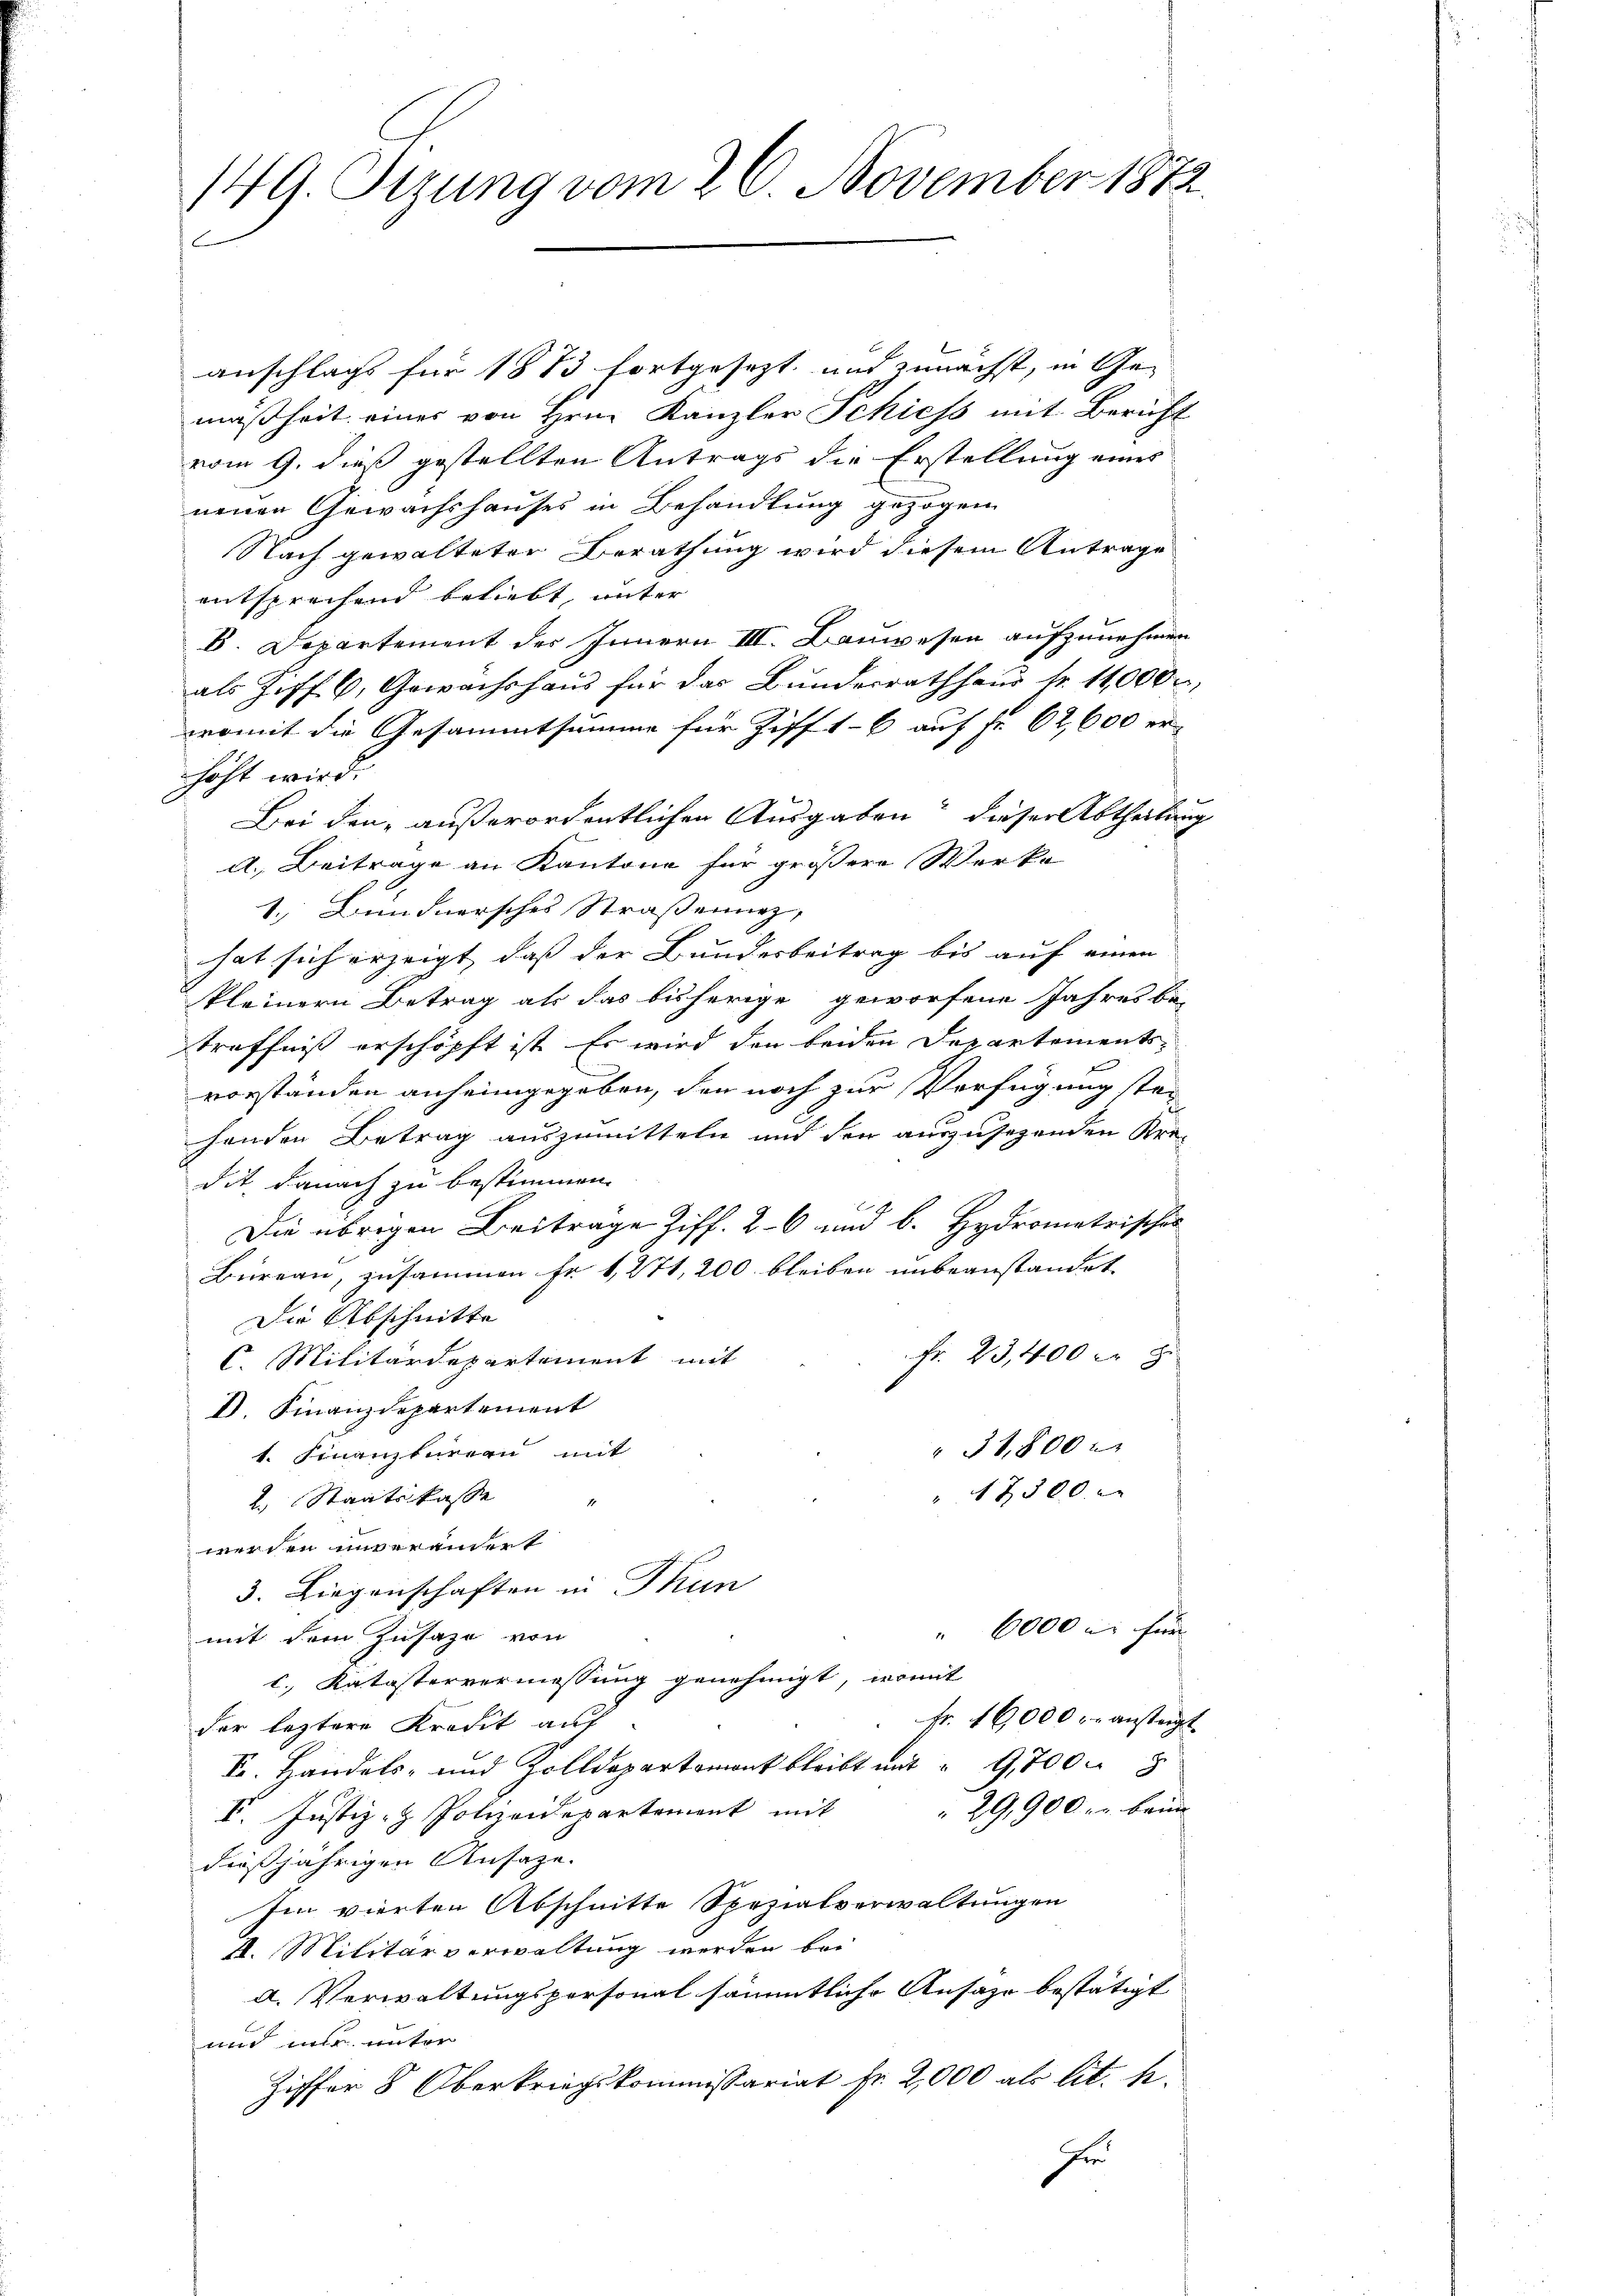
149. Sizung vom 26. November 1872
C

anschlags für 1883 fortgesezt und zunächst, in Gemäßheit einer von Hrn. Kanzler Schiess mit Bericht
vom 9. dieß gestellten Antrags die Erstellung eines
neuen Gewächshauses in Behandlung gezogen
Nach gewalteter Berathung wird diesem Antrage
entsprechend beliebt, unter
B. Departement des Innern III. Bauwesen aufzunehmen
als Ziff. 6. Gewächshaŭs für das Bŭndesrathhaŭs Nr. 11,000 u.
womit die Gesammtsumme für Ziff 16 auf Fr. 62,600 erhöht wird.
Bei den außerordentlichen Ausgaben dieser Abtheilung
d. Beitrage an Kantone für größere Werke
1. Bündnersches Straßenung,
hat sich erzeigt, dass der Bundesbeitrag bis auf einen
kleinern Betrag als das bisherige geworfene Jahres be-
treffniß erschöpft ist. Es wird den beiden Departements-
vorständen anheimgegeben, den noch zur Verfügung stehenden Betrag auszumitteln und den auszusehenden Kre-
dit danach zu bestimmen.
Die übrigen Beitrage Ziff. 26 und b. Hydrometrisches
Bureau, zusammen Fr. 1271, 200 bleiben unbeanstandet
Die Abschnitte
Fr. 23,400 fr z
C. Militärdepartement mit
D. Finanzdepartement
34,800 x
t. Finanzbüreau mit
12500.
2. Staatskasse
werden unverändert
3. Liegenschaften in Thun
" 6000 l. für
mit dem Zusage von
c. Katastervermessung genehmigt, womit
Fr. 16,000 r. anstagt.
der leztere Kredit auf
Fr. Handels- und Zolldepartement bleibt mit " 9,700. 8
29,900. r. bei
V. Justiz- & Polizeidepartement mit
dießjährigen Ansaze.
Im vierten Abschnitte Spezialverwaltungen
II. Militärverwaltung werden bei
d. Verwaltungspersonal sämmtliche Anfahr bestätigt
und mir unter
Ziffer 8 Oberkriegskommissariat Fr. 2,000 als lit. k.
In